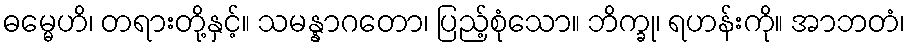
ဓမ္မေဟိ၊ တရားတို့နှင့်။ သမန္နာဂတော၊ ပြည့်စုံသော။ ဘိက္ခု၊ ရဟန်းကို။ အာဘတံ၊